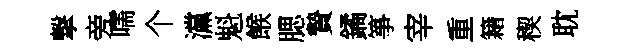
撃旁嚅个灙魁餱腮贄鐍箏宰重籍稧耽